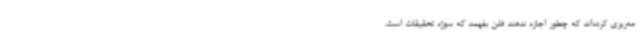
مه‌ریزی کرده‌اند که چطور اجازه ندهند فلن بفهمد که سوژه تحقیقات است.